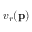
v _ { r } ( \mathbf { p } )